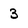
Character: 3